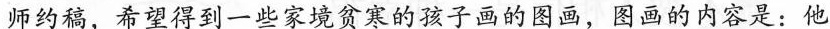
师约稿，希望得到一些家境贫寒的孩子画的图画，图画的内容是：他